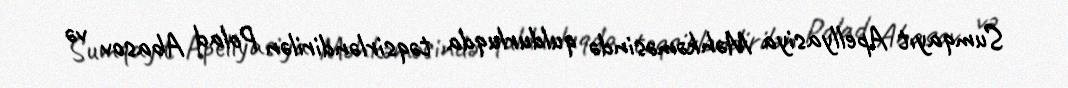
Sumqayıt Apellyasiya Məhkəməsində quldurluqda təqsirləndirilən Polad Abasov və